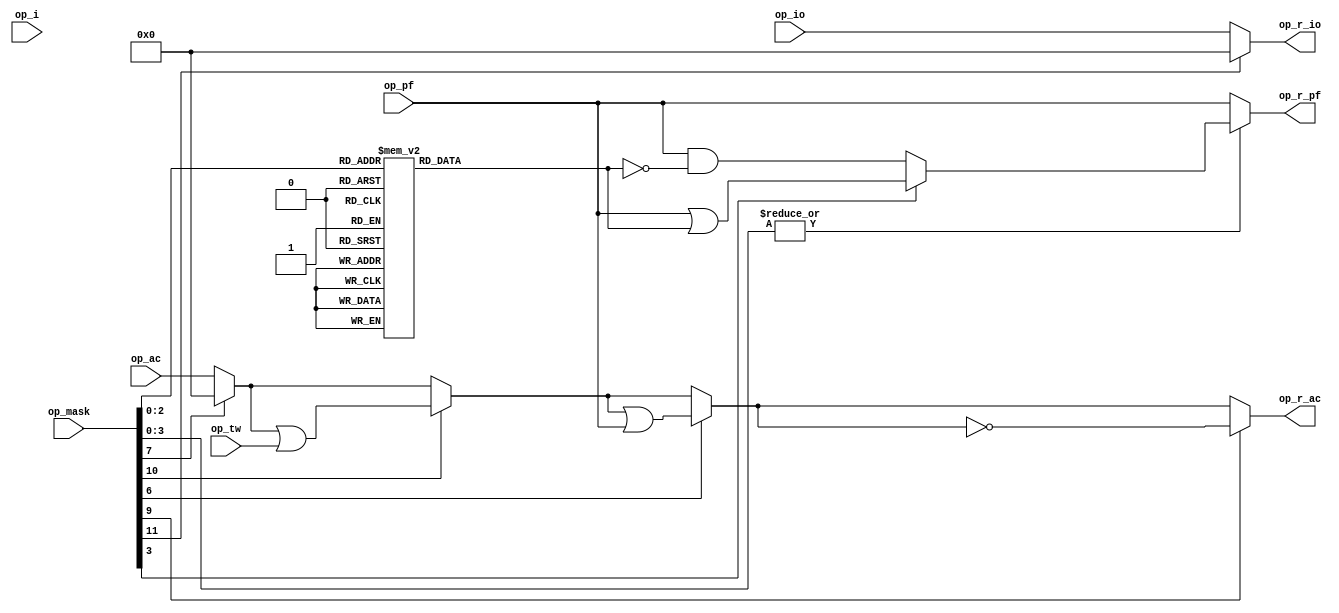
//
//    Copyright (c) 2015 Jan Adelsbach <jan@janadelsbach.com>.  
//    All Rights Reserved.
//
//    This program is free software: you can redistribute it and/or modify
//    it under the terms of the GNU General Public License as published by
//    the Free Software Foundation, either version 3 of the License, or
//    (at your option) any later version.
//
//    This program is distributed in the hope that it will be useful,
//    but WITHOUT ANY WARRANTY; without even the implied warranty of
//    MERCHANTABILITY or FITNESS FOR A PARTICULAR PURPOSE.  See the
//    GNU General Public License for more details.
//
//    You should have received a copy of the GNU General Public License
//    along with this program.  If not, see <http://www.gnu.org/licenses/>.
//

module pdp1_opr_decoder(op_i, op_mask, op_ac, op_io, 
			op_pf, op_tw, op_r_ac, op_r_io, op_r_pf);
   parameter pdp_model = "PDP-1";
   
   input op_i;
   input [0:11] op_mask;
   input [0:17] op_ac;
   input [0:17] op_io;
   input [0:5] 	op_pf;
   input [0:17] op_tw;
   output [0:17] op_r_ac;
   output [0:17] op_r_io;
   output [0:5]  op_r_pf;
   
   wire [0:18] 	 w_ac_immed1;
   wire [0:18] 	 w_ac_immed2;
   wire [0:18] 	 w_ac_immed3;
   wire [0:18] 	 w_ac_immed4;

   wire [0:18] 	 w_io_immed1;

   reg [0:5] 	 r_pf_mask;
     
   assign w_ac_immed4 = (op_mask[4]) ? 18'b0 : op_ac;
   assign w_ac_immed3 = (op_mask[1]) ? (w_ac_immed4 | op_tw) : w_ac_immed4;
   assign w_ac_immed2 = (op_mask[5]) ? (w_ac_immed3 | op_pf) : w_ac_immed3;
   assign w_ac_immed1 = (op_mask[2]) ? ~w_ac_immed2 : w_ac_immed2;
      
   assign w_io_immed1 = (op_mask[0]) ? 18'b0 : op_io;

   generate
      if(pdp_model == "PDP-1D") begin
	 assign w_io_immed1 = (op_i) ? ~w_io_immed2 : w_io_immed2;

	 assign op_r_ac = (op_mask[6]) ? w_io_immed1 : w_ac_immed1;
	 assign op_r_io = (op_mask[7]) ? w_ac_immed1 : w_io_immed1;
      end
      else begin
	 assign op_r_io = w_io_immed1;
	 assign op_r_ac = w_ac_immed1;
      end
   endgenerate

   assign op_r_pf = (|op_mask[8:11]) ?
		    ((op_mask[8]) ? op_pf | r_pf_mask : 
		     op_pf & ~r_pf_mask) :
		    op_pf;
   
   always @(op_mask or op_pf) begin
      case(op_mask[9:11])
	3'b000:
	  r_pf_mask = 6'b000000;
	3'b001:
	  r_pf_mask = 6'b000001;
	3'b010:
	  r_pf_mask = 6'b000010;
	3'b011:
	  r_pf_mask = 6'b000100;
	3'b100:
	  r_pf_mask = 6'b001000;
	3'b101:
	  r_pf_mask = 6'b010000;
	3'b110:
	  r_pf_mask = 6'b100000;
	3'b111:
	  r_pf_mask = 6'b111111;
      endcase // case (op_mask[9:11])
   end
   
endmodule // pdp1_opr_decoder